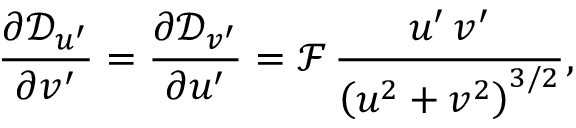
\frac { \partial \mathcal { D } _ { u ^ { \prime } } } { \partial v ^ { \prime } } = \frac { \partial \mathcal { D } _ { v ^ { \prime } } } { \partial u ^ { \prime } } = \mathcal { F } \, \frac { u ^ { \prime } \, v ^ { \prime } } { \left( u ^ { 2 } + v ^ { 2 } \right) ^ { 3 / 2 } } ,